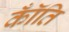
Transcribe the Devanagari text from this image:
कॉँति